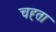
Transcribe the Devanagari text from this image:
चह्ता